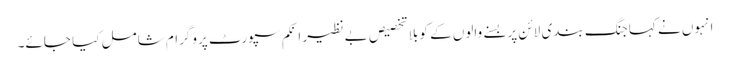
انہوں نے کہا جنگ بندی لائن پر بسنے والوں کے کو بلا تخصیص بے نظیر اِنکم سپورٹ پروگرام شامل کیا جائے۔